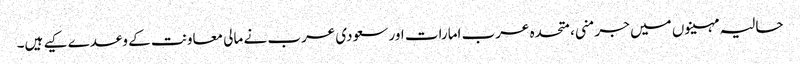
حالیہ مہینوں میں جرمنی، متحدہ عرب امارات اور سعودی عرب نے مالی معاونت کے وعدے کیے ہیں۔